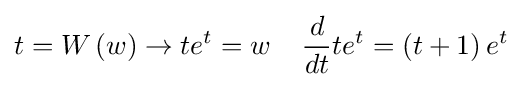
t=W\left(w\right)\rightarrow te^{t}=w\;\;\;\;{\frac {d}{dt}}te^{t}=\left(t+1\right)e^{t}